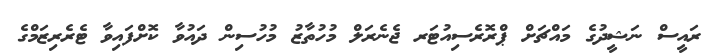
ރައީސް ނަޝީދުގެ މައްޗަށް ޕްރޮރެސިއުޓަރ ޖެނެރަލް މުހުތާޒު މުހުސިން ދައުވާ ކޮށްފައިވާ ޓެރެރިޒަމްގެ